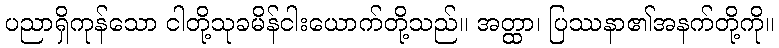
ပညာရှိကုန်သော ငါတို့သုခမိန်ငါးယောက်တို့သည်။ အတ္ထာ၊ ပြဿနာ၏အနက်တို့ကို။